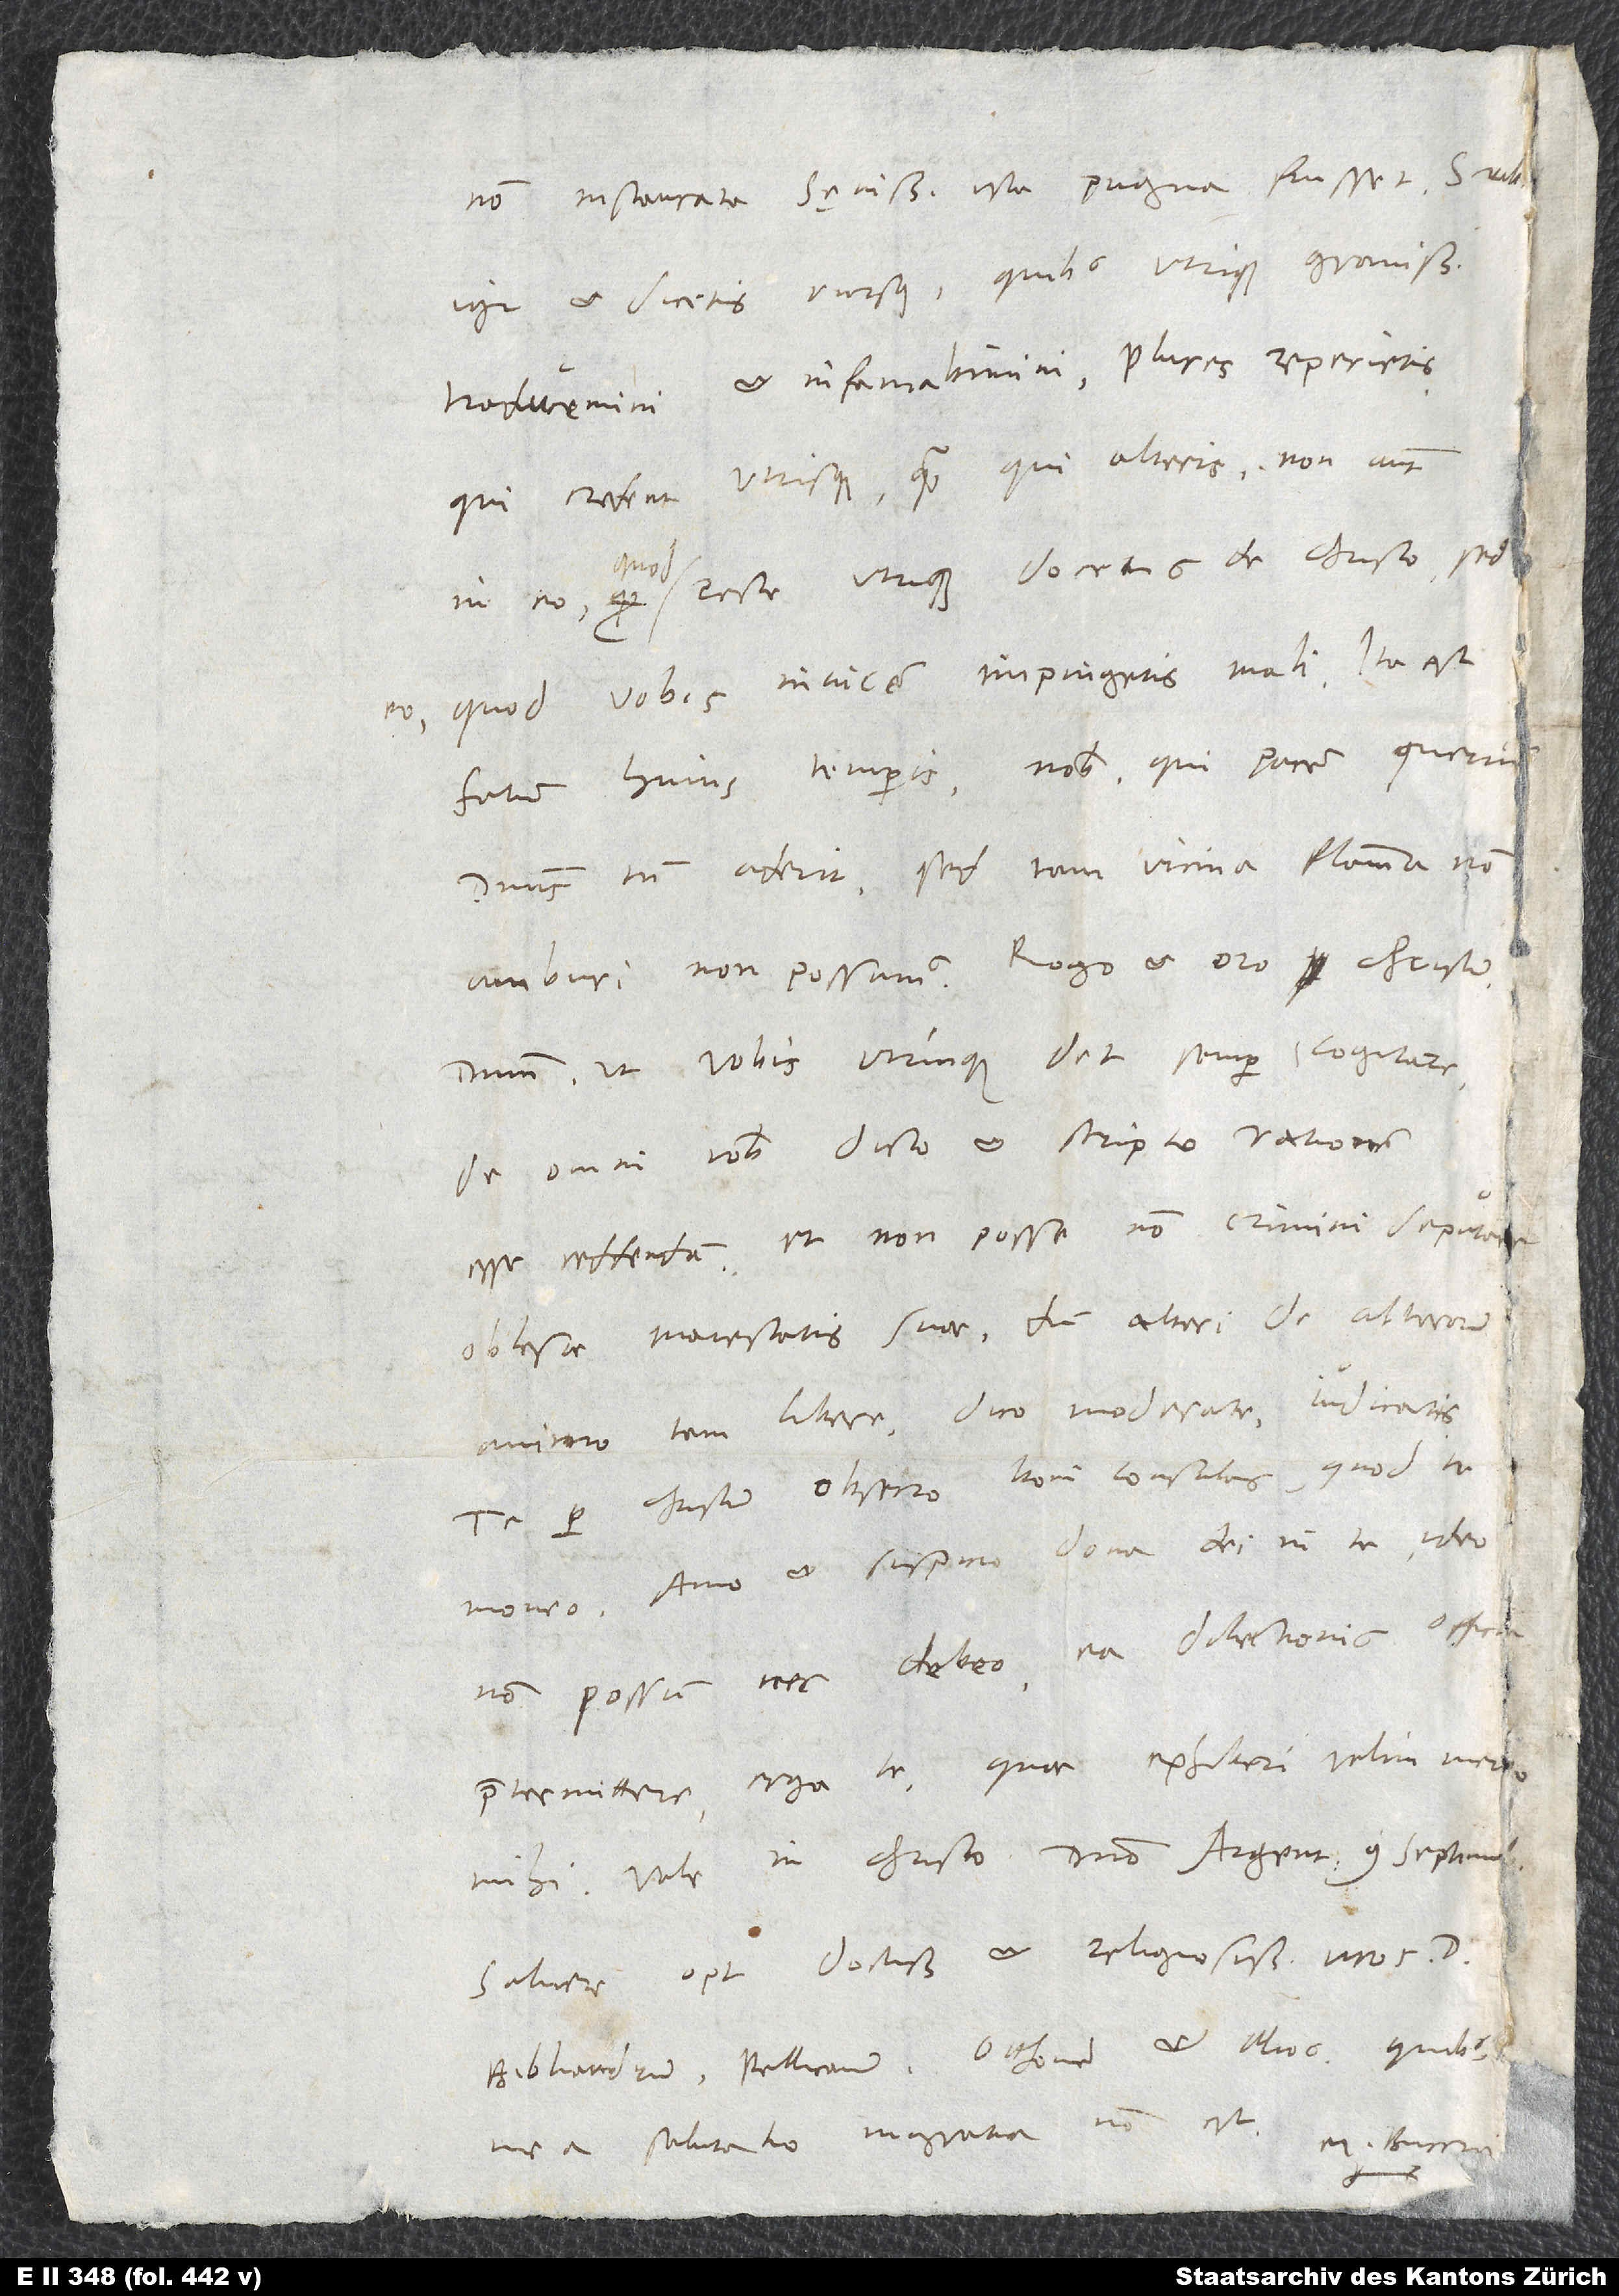
non instaurata sęvissima ista pugna fuisset. Scribetis
igitur et dicetis rursus, quibus utrique gravissime
traducemini et infamabimini. Plures reperietis,
qui credent utrisque quam qui alteris, non autem
in eo, quod recte utrique docetis de Christo, sed
eo, quod vobis invicem impingetis mali. Ita est
fatum huius temporis. Nobis, qui pacem queri
oblesae maiestatis suae, dum alteri de alterorum
animo tam libere - dico moderate - iudicatis.
Te per Christum obsecro, boni consulas, quod te
moneo. Amo et suspicio dona dei in te; ideo
non possum nec debeo ea dilectionis offic te
Salvere opt, doctissimos et religiosissimos viros d.
Bibliandrum, Pellicanum, Otthonem et alios, quibus
mea salutatio ingrata non est.